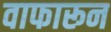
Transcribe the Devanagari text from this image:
वाफारून